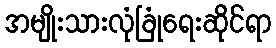
အမျိုးသားလုံခြုံရေးဆိုင်ရာ